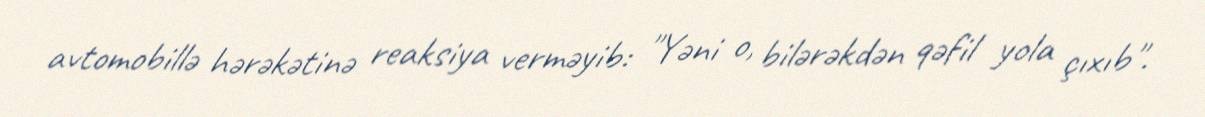
avtomobillə hərəkətinə reaksiya verməyib: "Yəni o, bilərəkdən qəfil yola çıxıb".